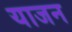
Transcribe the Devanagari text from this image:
याजन